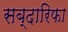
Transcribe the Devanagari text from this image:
सब्दारिफा